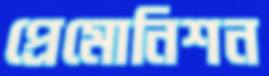
প্রেমোনিশন